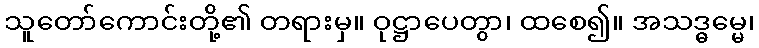
သူတော်ကောင်းတို့၏ တရားမှ။ ဝုဋ္ဌာပေတွာ၊ ထစေ၍။ အသဒ္ဓမ္မေ၊